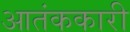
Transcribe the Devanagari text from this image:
आतंककारी